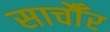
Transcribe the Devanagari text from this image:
साचौँर